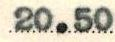
20.50